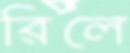
রিলে